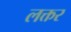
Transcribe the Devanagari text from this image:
लक्तर